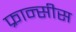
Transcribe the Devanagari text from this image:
फ्रान्सीस